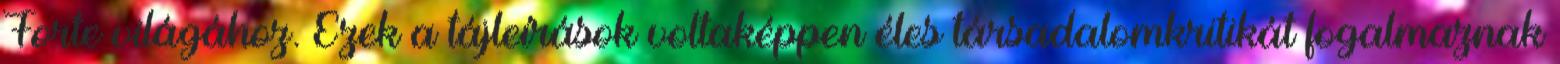
Forte világához. Ezek a tájleírások voltaképpen éles társadalomkritikát fogalmaznak